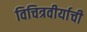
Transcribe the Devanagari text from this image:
विचित्रवीर्याची